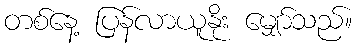
တစ်နေ့ ပြန်လာယူနိုး မျှော်သည်။